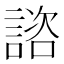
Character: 諮